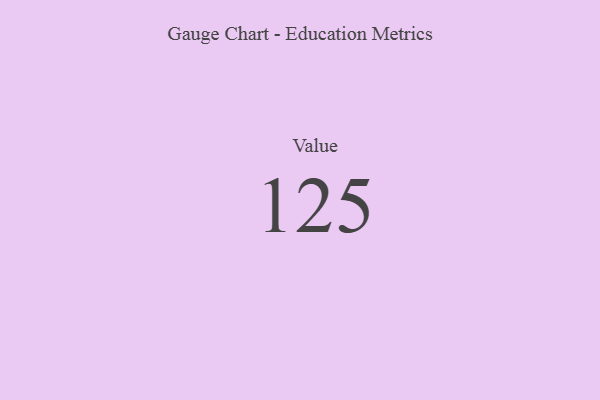
{"axis": {"x": "Metric", "y": "Value"}, "legend": [""], "data": [{"x": "Value", "y": 125, "type": ""}]}